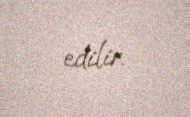
edilir.